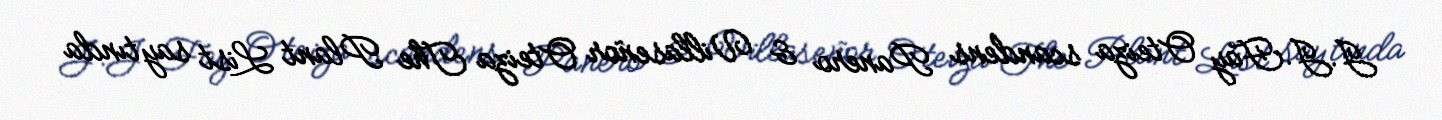
J.J.Fay Oteiza scandens Panero & Villaseñor Oteiza The Plant List saytında